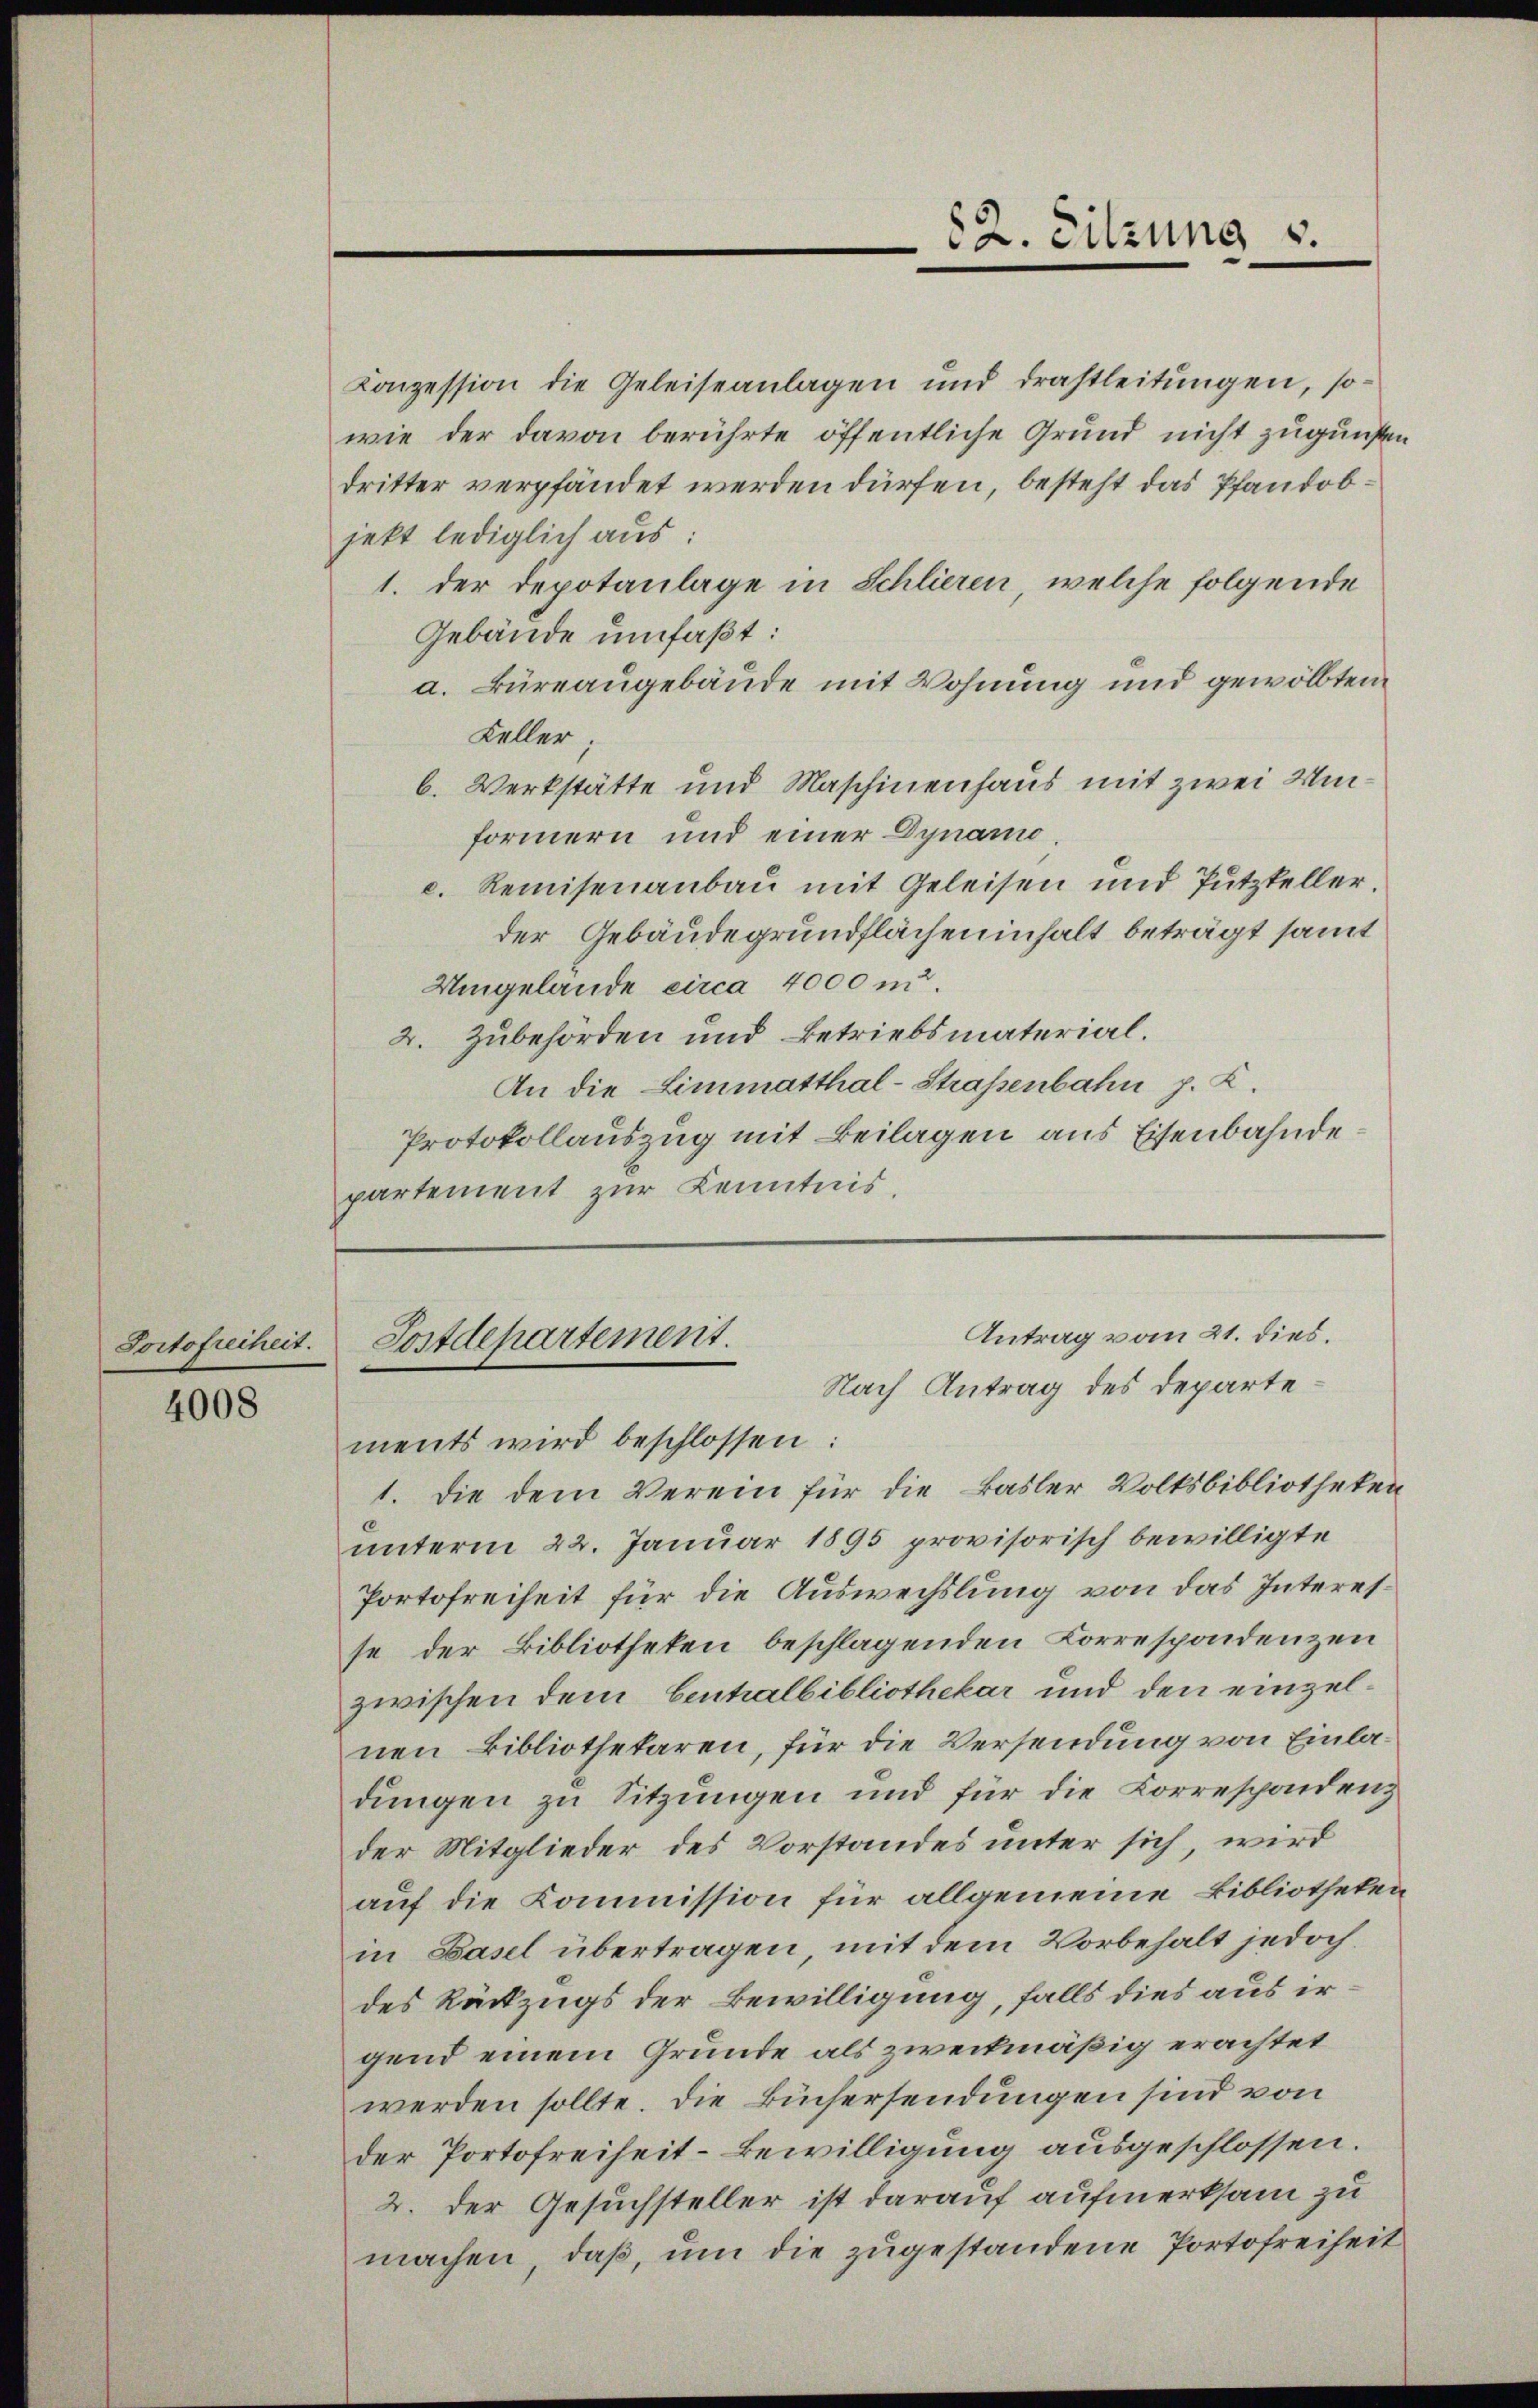
Portofreiheit.

4008

Konzession die Geleiseanlagen und drastleitŭngen, so-
wie der davon berührte öffentliche Grund nicht zugunsten
dritter verpfändet werden dürfen, besteht das Pfandobjekt lediglich aus:
1. der Depotanlage in Schlieren, welche folgende
Gebäude umfaßt:
a. Büreaugebäude mit Wohnung und gewölbten
Keller.
b. Werkstätte und Maschinenhaus mit zwei Umformern und einer Dynamo.
c. Remisenanbau mit Geleisen und Putzfeller
der Gebäudegrundflächeninhalt beträgt samt
Uingelande circa 4000 m.
2. Zubehörden und Betriebsmaterial¬
An die Limmatthal-Straßenbahn p. K.
Protokollauszug mit Beilagen aus Eisenbahndepartement zur Kenntnis,

ments wird beschlossen:
1. Die dem Verein für die Basler Volksbibliotheken
unterm 22. Januar 1895 provisorisch bewilligte
Portofreiheit für die Auswechslung von das Interesse der Bibliotheken beschlagenden Korrespondenzen
zwischen dem Leitalbibliothekar und den einzelnen Bibliothekaren, für die Versendung von Einladungen zu Sitzungen und für die Korrespondenz
der Mitglieder des Vorstandes unter sich, wird
auf die Kommission für allgemeine Bibliotheken
in Basel übertragen, mit dem Vorbehalt jedoch
des Rückzugs der Bewilligung, falls dies aus irgend einem Grunde als zweckmäßig erachtet
werden sollte. Die Büchersendungen sind von
der Portofreiheit-Bewilligung ausgeschlossen.
2. Der Gesuchsteller ist darauf aufmerksam zu
machen, daß, um die zugestandene Portofreiheit

52. Sitzung

Antrag vom 21. dies.
Postdepartement.
Nach Antrag des Departe¬